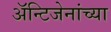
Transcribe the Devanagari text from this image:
अॅन्टिजेनांच्या